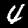
Digit: 4